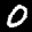
Label: 0